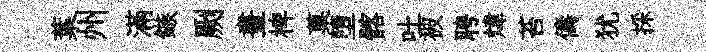
葉州滿鏃劂晝椑菓墮髂吐被聘煒苔儔犹採